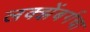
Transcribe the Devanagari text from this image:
लक्झेंबर्गचा